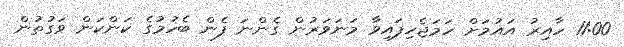
11:00 ހާއިރު އައުމަށް ހަމަޖެހިފައިވާ މަނަވަރުން ގެންނަ ފެން ބެހުމުގެ ކަންކަން ވަގުތުން